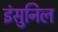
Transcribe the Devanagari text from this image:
इंसुनिल